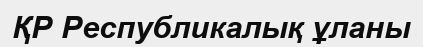
ҚР Республикалық ұланы